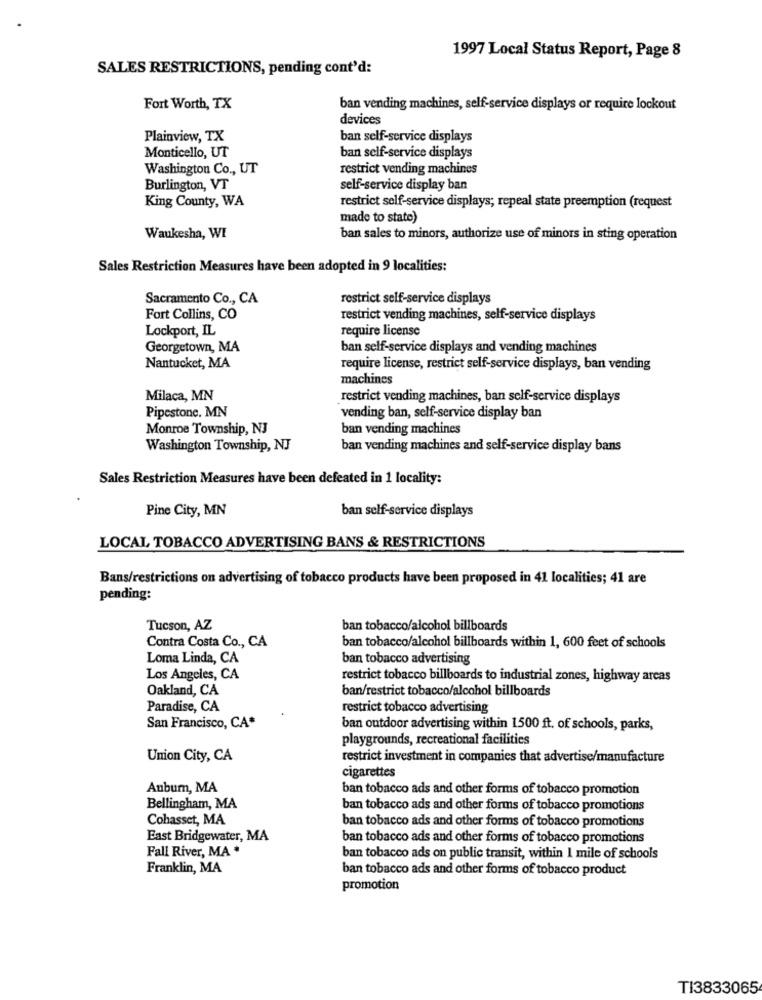
1997 Local Status Report, Page 8
SALES RESTRICTIONS, pending cont'd:
Fort Worth, TX
ban vending machines, self-service displays or require lockout
devices
Plainview, TX
ban self-service displays
Monticello, UT
ban self-service displays
Washington Co ., UT
restrict vending machines
Burlington, VT
self-service display ban
King County, WA
restrict self-service displays; repeal state preemption (request
made to state)
Waukesha, WI
ban sales to minors, authorize use of minors in sting operation
Sales Restriction Measures have been adopted in 9 localities:
Sacramento Co ., CA
restrict self-service displays
Fort Collins, CO
restrict vending machines, self-service displays
require license
Lockport, IL
Georgetown, MA
ban self-service displays and vending machines
Nantucket, MA
require license, restrict self-service displays, ban vending
machines
Milaca, MN
restrict vending machines, ban self-service displays
Pipestone. MN
vending ban, self-service display ban
Monroe Township, NJ
ban vending machines
Washington Township, NJ
ban vending machines and self-service display bans
Sales Restriction Measures have been defeated in 1 locality:
Pine City, MN
ban self-service displays
LOCAL TOBACCO ADVERTISING BANS & RESTRICTIONS
Bans/restrictions on advertising of tobacco products have been proposed in 41 localities; 41 are
pending:
Tucson, AZ
ban tobacco/alcohol billboards
ban tobacco/alcohol billboards within 1, 600 feet of schools
Contra Costa Co ., CA
Loma Linda, CA
ban tobacco advertising
Los Angeles, CA
restrict tobacco billboards to industrial zones, highway areas
Oakland, CA
ban/restrict tobacco/alcohol billboards
Paradise, CA
restrict tobacco advertising
San Francisco, CA*
ban outdoor advertising within 1500 ft. of schools, parks,
playgrounds, recreational facilities
Union City, CA
restrict investment in companies that advertise/manufacture
cigarettes
Aubum, MA
ban tobacco ads and other forms of tobacco promotion
Bellingham, MA
ban tobacco ads and other forms of tobacco promotions
Cohasset, MA
ban tobacco ads and other forms of tobacco promotions
East Bridgewater, MA
ban tobacco ads and other forms of tobacco promotions
Fall River, MA *
ban tobacco ads on public transit, within I mile of schools
Franklin, MA
ban tobacco ads and other forms of tobacco product
promotion
TI3833065